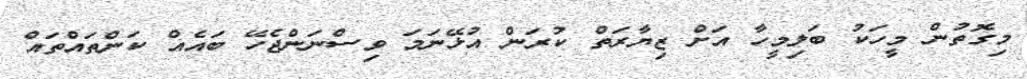
މިގޮތުން މީހަކު ބަލިމީހާ އަށް ޒިޔާރަތް ކުރަން އުޅޭނަމަ ވިސްނަންޖެހޭ ބައެއް ކަންތައްތައް